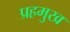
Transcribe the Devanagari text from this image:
प्रहमुख